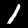
Label: 1